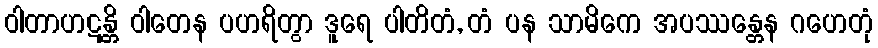
ဝါတာဟဋန္တိ ဝါတေန ပဟရိတွာ ဒူရေ ပါတိတံ, တံ ပန သာမိကေ အပဿန္တေန ဂဟေတုံ